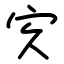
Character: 㝌